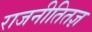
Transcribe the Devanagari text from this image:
राजनीतितज्ञ